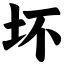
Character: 坏